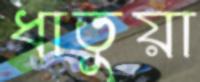
ধাতুয়া